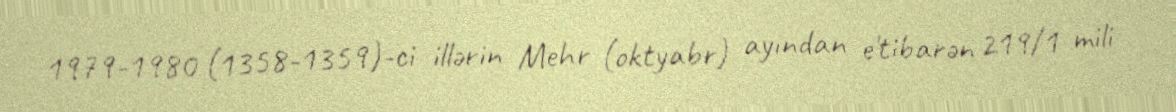
1979-1980 (1358-1359)-ci illərin Mehr (oktyabr) ayından e'tibarən 219/1 mili